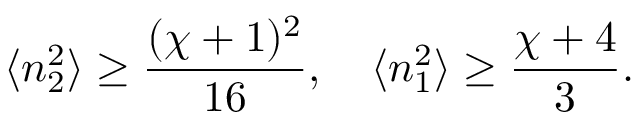
\langle n _ { 2 } ^ { 2 } \rangle \geq \frac { ( \chi + 1 ) ^ { 2 } } { 1 6 } , \quad \langle n _ { 1 } ^ { 2 } \rangle \geq \frac { \chi + 4 } { 3 } .